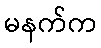
မနက်က